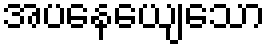
အပနေယျေသော